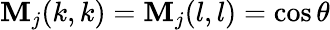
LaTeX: \textbf{M}_{j}(k,k)=\textbf{M}_{j}(l,l)=\cos\theta